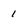
Character: 1